system: You are a helpful assistant.
user:
Analyze the provided spectrum to determine if it is a **Carbon Star (C-type)**.

- **Key Visual Indicators of Carbon Star:**
    - **(Primary):** Strong molecular absorption from **C₂ (diatomic carbon) "Swan Bands."** This is the **defining feature** of a carbon star.
        - **(Key Bandheads):** Sharp absorption edges are visible at approximately $5635$ Å, $5165$ Å (the strongest band), and $4737$ Å.
        - **(Line Profile):** Creates a distinct **"saw-tooth"** pattern. The key morphology is a sharp, steep bandhead on the **red (long-wavelength) side**, which then gradually tapers off (i.e., flux recovers) towards the **blue (short-wavelength) side**. *(This is the direct opposite of the TiO bands seen in M-type stars)*.

    - **(Secondary):** Intense **CN (cyanogen)** molecular absorption bands.
        - **(Key Bandheads):** Located in the blue and violet regions of the spectrum (e.g., near $4215$ Å and $3883$ Å).
        - **(Morphology):** These bands are extremely broad and act as a "blanket," absorbing the vast majority of blue and violet light. This creates a characteristic **"cliff"** or **"steep drop-off"** in the spectrum's flux at short wavelengths.

    - **(Key Confirmation):** Strong **CH absorption band (G-band)**.
        - **(Key Bandhead):** Located around $4300$ Å. The contribution from CH molecules to this band is exceptionally strong.

    - **(Overall Spectrum):**
        - The continuum is severely "chopped up" by these deep molecular bands, especially C₂, rather than appearing as a smooth curve.
        - Due to the heavy CN and C₂ absorption in the blue-green, the vast majority of the star's flux is concentrated in the red part of the spectrum, giving the star its characteristic deep red color.

Think first, call **spectral_visualization_tool** if needed to examine features in detail, then provide your final answer. Your response must adhere to the following strict rules:
1.  **Overall Structure:** Your response must follow the format `<think>...</think> <tool_call>...</tool_call> (if a tool is used) <answer>...</answer>`.
2.  **Tool Usage Constraint:** You may only make **one** tool call per turn.
3.  **Final Answer Format:** In the `<answer>` tag, your conclusion must be inside a `\boxed{}` command (e.g., `\boxed{YES}`), followed by your justification.

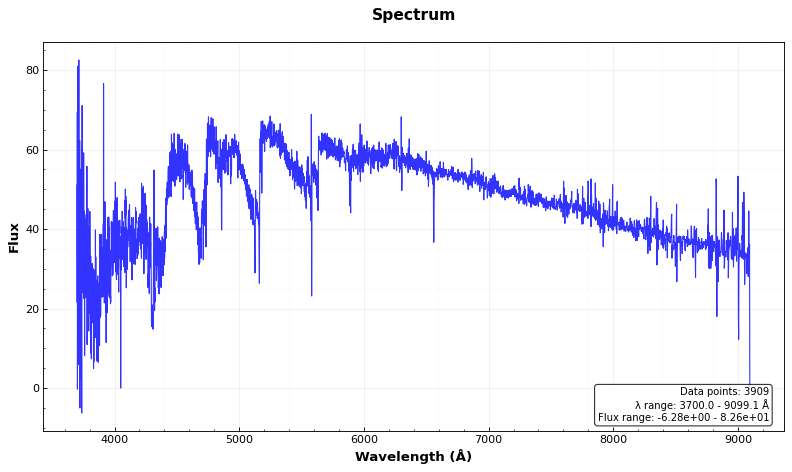
Answer: YES